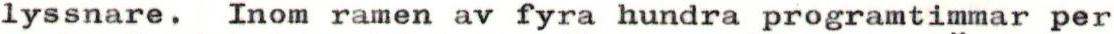
lyssnare. Inom ramen av fyra hundra programtimmar per